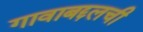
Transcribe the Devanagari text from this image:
गावाबद्दलची